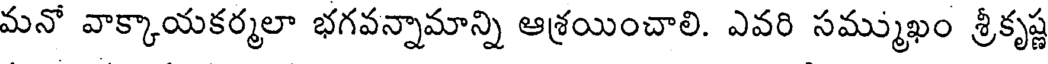
మనో వాక్కాయకర్మలా భగవన్నామాన్ని ఆశ్రయించాలి. ఎవరి సమ్ముఖం శ్రీకృష్ణ